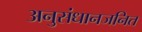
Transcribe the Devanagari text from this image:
अनुसंधानजनित